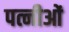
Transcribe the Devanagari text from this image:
पत्नीओं